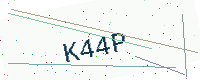
Text: K44P